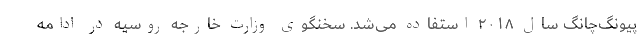
پیونگ‌چانگ سال ۲۰۱۸ استفاده می‌شد. سخنگوی وزارت خارجه روسیه در ادامه